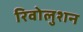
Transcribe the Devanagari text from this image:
रिवोलुशन